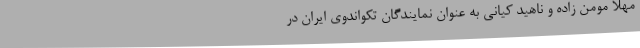
مهلا مومن زاده و ناهید کیانی به عنوان نمایندگان تکواندوی ایران در